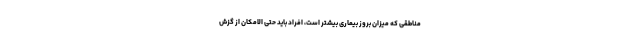
مناطقی که میزان بروز بیماری بیشتر است، افراد باید حتی الامکان از گزش